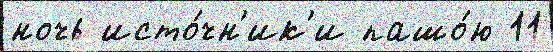
ночь исто́чн'ик'и пашо́ю 11